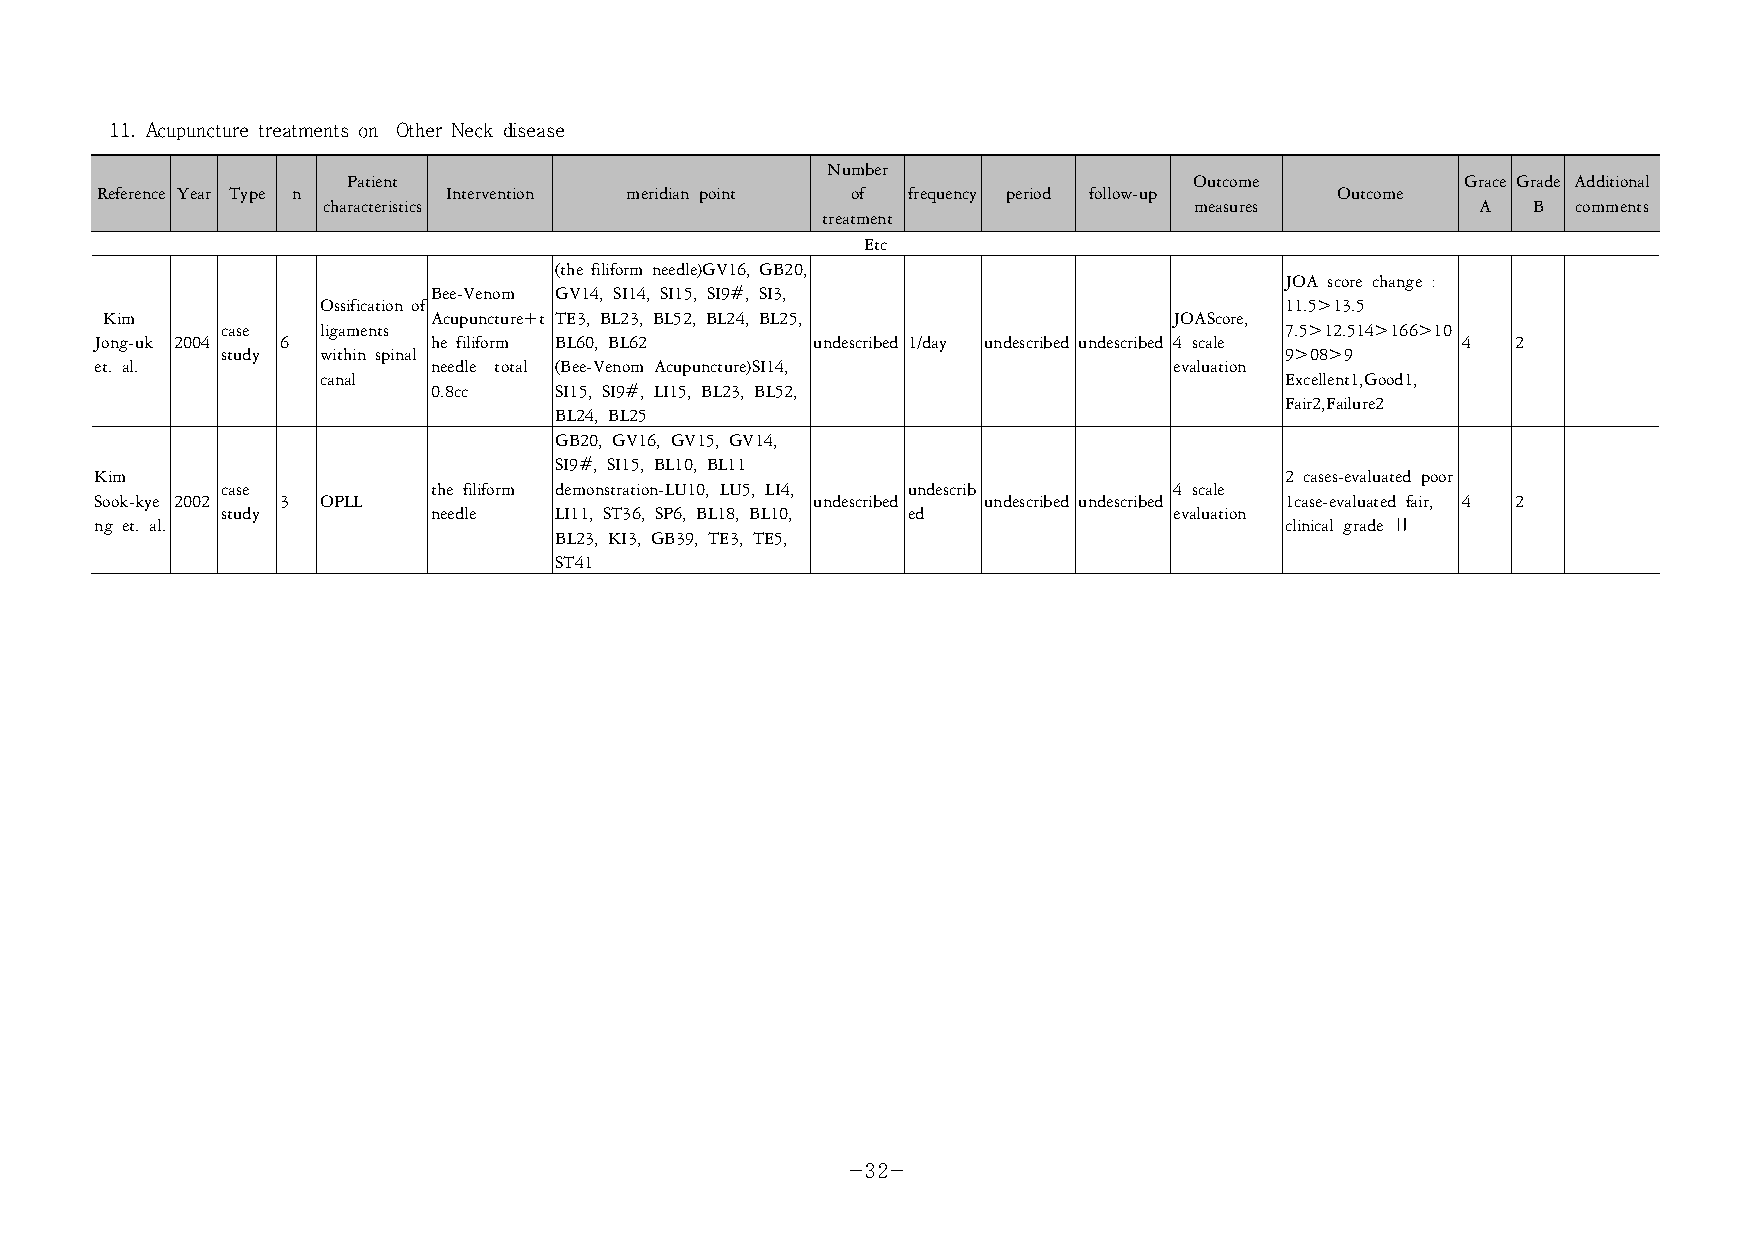
11. Acupuncture treatments on Other Neck disease
 Number
 Patient                                                 Outcome           Grace Grade Additional
 Reference Year Type n  Intervention meridian point of frequency period follow-up  Outcome
 characteristics                                           measures           A  B  comments
 treatment
 Etc
 (the filiform needle)GV16, GB20,
 JOA score change :
 Bee-Venom GV14, SI14, SI15, SI9#, SI3,
 Ossification of                                                 11.5>13.5
 Kim                   Acupuncture+t TE3, BL23, BL52, BL24, BL25,       JOAScore,
 case  ligaments                                                       7.5>12.514>166>10
 Jong-uk 2004 6         he filiform BL60, BL62   undescribed 1/day undescribed undescribed 4 scale 4 2
 study within spinal                                                   9>08>9
 et. al.                needle total (Bee-Venom Acupuncture)SI14,        evaluation
 canal                                                           Excellent1,Good1,
 0.8cc   SI15, SI9#, LI15, BL23, BL52,
 Fair2,Failure2
 BL24, BL25
 GB20, GV16, GV15, GV14,
 SI9#, SI15, BL10, BL11
 Kim                                                                            2 cases-evaluated poor
 case          the filiform demonstration-LU10, LU5, LI4, undescrib 4 scale
 Sook-kye 2002 3 OPLL                            undescribed undescribed undescribed 1case-evaluated fair, 4 2
 study         needle  LI11, ST36, SP6, BL18, BL10, ed          evaluation
 ng et. al.                                                                     clinical grade Ⅱ
 BL23, KI3, GB39, TE3, TE5,
 ST41
 -32-